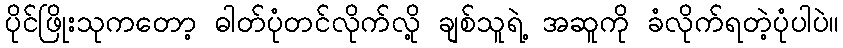
ပိုင်ဖြိုးသုကတော့ ဓါတ်ပုံတင်လိုက်လို့ ချစ်သူရဲ့ အဆူကို ခံလိုက်ရတဲ့ပုံပါပဲ။